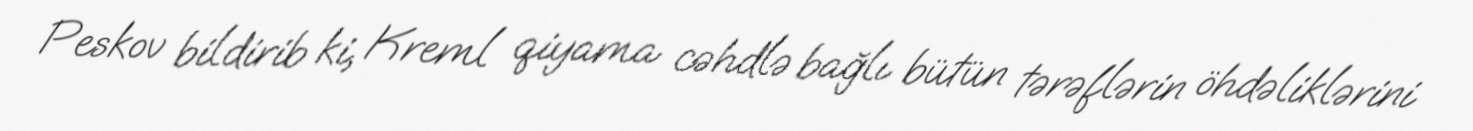
Peskov bildirib ki, Kreml qiyama cəhdlə bağlı bütün tərəflərin öhdəliklərini